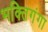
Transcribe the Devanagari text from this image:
भक्तिगंगा